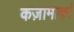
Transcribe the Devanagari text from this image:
कज़ामार्का